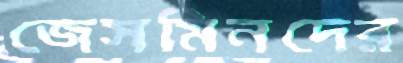
জেসমিনদের